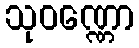
သုဝဏ္ဏော